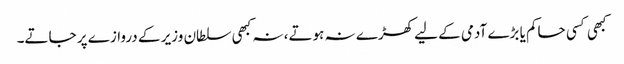
کبھی کسی حاکم یا بڑے آدمی کے لیے کھڑے نہ ہوتے، نہ کبھی سلطان وزیر کے دروازے پر جاتے۔